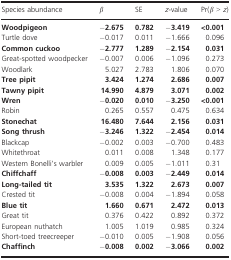
<table><thead><tr><td><b>Species abundance</b></td><td><b><i>β</i></b></td><td><b>SE</b></td><td><b><i>z</i>‐value</b></td><td><b>Pr(<i>β </i>&gt; <i>z</i>)</b></td></tr></thead><tbody><tr><td><b>Woodpigeon</b></td><td>−<b>2.675</b></td><td><b>0.782</b></td><td>−<b>3.419</b></td><td><b>&lt;0.001</b></td></tr><tr><td>Turtle dove</td><td>−0.017</td><td>0.011</td><td>−1.666</td><td>0.096</td></tr><tr><td><b>Common cuckoo</b></td><td>−<b>2.777</b></td><td><b>1.289</b></td><td>−<b>2.154</b></td><td><b>0.031</b></td></tr><tr><td>Great‐spotted woodpecker</td><td>−0.007</td><td>0.006</td><td>−1.096</td><td>0.273</td></tr><tr><td>Woodlark</td><td>5.027</td><td>2.783</td><td>1.806</td><td>0.070</td></tr><tr><td><b>Tree pipit</b></td><td><b>3.424</b></td><td><b>1.274</b></td><td><b>2.686</b></td><td><b>0.007</b></td></tr><tr><td><b>Tawny pipit</b></td><td><b>14.990</b></td><td><b>4.879</b></td><td><b>3.071</b></td><td><b>0.002</b></td></tr><tr><td><b>Wren</b></td><td>−<b>0.020</b></td><td><b>0.010</b></td><td>−<b>3.250</b></td><td><b>&lt;0.001</b></td></tr><tr><td>Robin</td><td>0.265</td><td>0.557</td><td>0.475</td><td>0.634</td></tr><tr><td><b>Stonechat</b></td><td><b>16.480</b></td><td><b>7.644</b></td><td><b>2.156</b></td><td><b>0.031</b></td></tr><tr><td><b>Song thrush</b></td><td>−<b>3.246</b></td><td><b>1.322</b></td><td>−<b>2.454</b></td><td><b>0.014</b></td></tr><tr><td>Blackcap</td><td>−0.002</td><td>0.003</td><td>−0.700</td><td>0.483</td></tr><tr><td>Whitethroat</td><td>0.011</td><td>0.008</td><td>1.348</td><td>0.177</td></tr><tr><td>Western Bonelli&#x27;s warbler</td><td>0.009</td><td>0.005</td><td>−1.011</td><td>0.31</td></tr><tr><td><b>Chiffchaff</b></td><td>−<b>0.008</b></td><td><b>0.003</b></td><td>−<b>2.449</b></td><td><b>0.014</b></td></tr><tr><td><b>Long‐tailed tit</b></td><td><b>3.535</b></td><td><b>1.322</b></td><td><b>2.673</b></td><td><b>0.007</b></td></tr><tr><td>Crested tit</td><td>−0.008</td><td>0.004</td><td>−1.894</td><td>0.058</td></tr><tr><td><b>Blue tit</b></td><td><b>1.660</b></td><td><b>0.671</b></td><td><b>2.472</b></td><td><b>0.013</b></td></tr><tr><td>Great tit</td><td>0.376</td><td>0.422</td><td>0.892</td><td>0.372</td></tr><tr><td>European nuthatch</td><td>1.005</td><td>1.019</td><td>0.985</td><td>0.324</td></tr><tr><td>Short‐toed treecreeper</td><td>−0.010</td><td>0.005</td><td>−1.908</td><td>0.056</td></tr><tr><td><b>Chaffinch</b></td><td>−<b>0.008</b></td><td><b>0.002</b></td><td>−<b>3.066</b></td><td><b>0.002</b></td></tr></tbody></table>